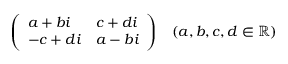
{ \left( \begin{array} { l l } { a + b i } & { c + d i } \\ { - c + d i } & { a - b i } \end{array} \right) } \quad ( a , b , c , d \in \mathbb { R } )